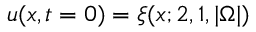
u ( x , t = 0 ) = \xi ( x ; 2 , 1 , | \Omega | )